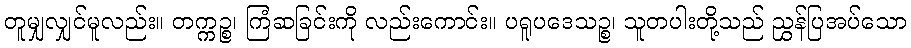
တူမျှလျှင်မူလည်း။ တက္ကဉ္စ၊ ကြံဆခြင်းကို လည်းကောင်း။ ပရူပဒေသဉ္စ၊ သူတပါးတို့သည် ညွှန်ပြအပ်သော